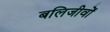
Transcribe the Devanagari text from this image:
बलिजीवों